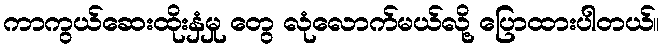
ကာကွယ်ဆေးထိုးနှံမှု တွေ လုံလောက်မယ်လို့ ပြောထားပါတယ်။